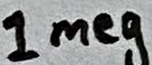
Text: 1meg